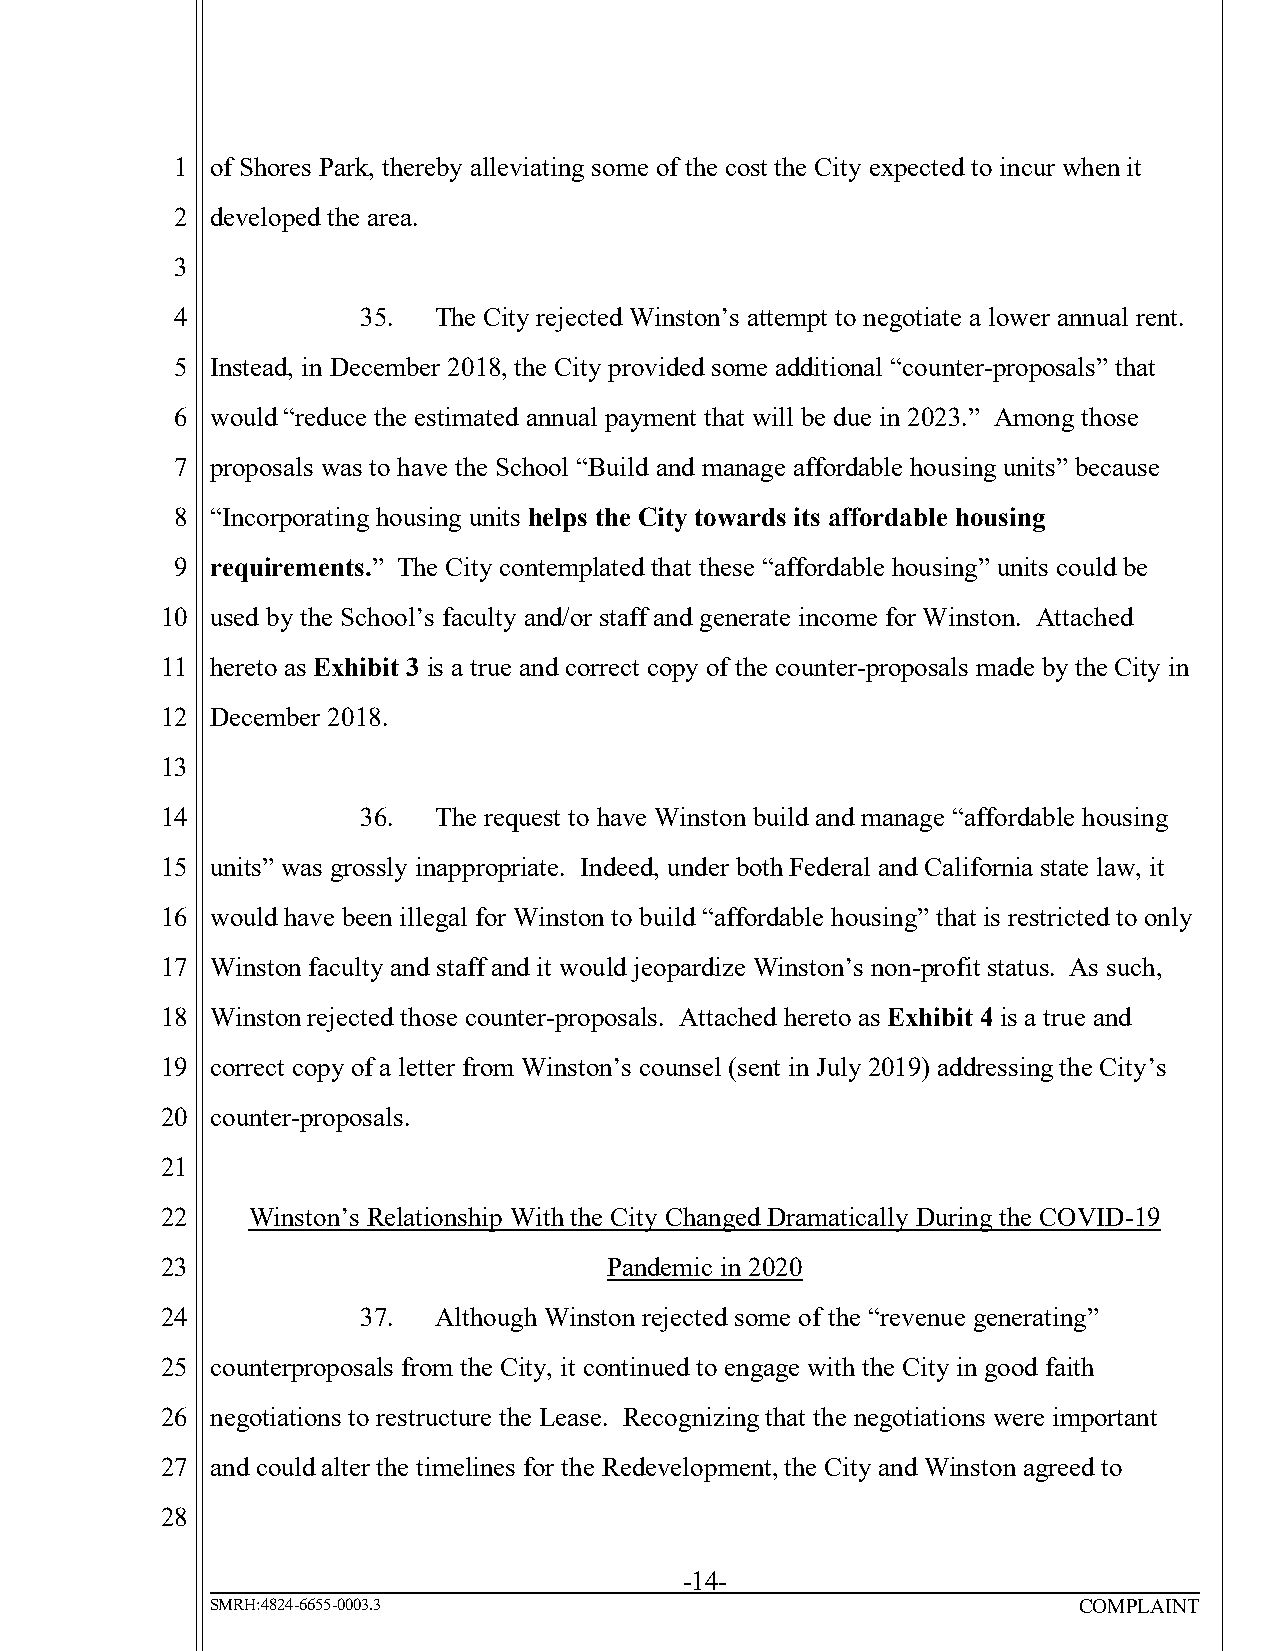
1 of Shores Park, thereby alleviating some of the cost the City expected to incur when it
 2 developed the area.
 3
 4           35.  The City rejected Winston’s attempt to negotiate a lower annual rent.
 5 Instead, in December 2018, the City provided some additional “counter-proposals” that
 6 would “reduce the estimated annual payment that will be due in 2023.” Among those
 7 proposals was to have the School “Build and manage affordable housing units” because
 8 “Incorporating housing units helps the City towards its affordable housing
 9 requirements.” The City contemplated that these “affordable housing” units could be
 10 used by the School’s faculty and/or staff and generate income for Winston. Attached
 11 hereto as Exhibit 3 is a true and correct copy of the counter-proposals made by the City in
 12 December 2018.
 13
 14           36.  The request to have Winston build and manage “affordable housing
 15 units” was grossly inappropriate. Indeed, under both Federal and California state law, it
 16 would have been illegal for Winston to build “affordable housing” that is restricted to only
 17 Winston faculty and staff and it would jeopardize Winston’s non-profit status. As such,
 18 Winston rejected those counter-proposals. Attached hereto as Exhibit 4 is a true and
 19 correct copy of a letter from Winston’s counsel (sent in July 2019) addressing the City’s
 20 counter-proposals.
 21
 22   Winston’s Relationship With the City Changed Dramatically During the COVID-19
 23                           Pandemic in 2020
 24           37.  Although Winston rejected some of the “revenue generating”
 25 counterproposals from the City, it continued to engage with the City in good faith
 26 negotiations to restructure the Lease. Recognizing that the negotiations were important
 27 and could alter the timelines for the Redevelopment, the City and Winston agreed to
 28
 -14-
 SMRH:4824-6655-0003.3                                    COMPLAINT